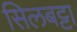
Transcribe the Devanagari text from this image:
सिलबट्टा